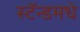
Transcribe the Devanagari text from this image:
स्टॅन्डमधे